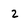
Character: 2